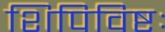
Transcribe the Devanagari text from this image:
शिपिविष्टः